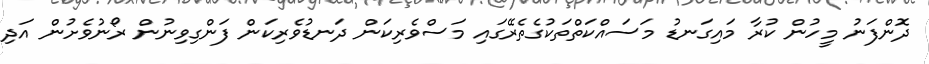
ދޮންފަނު މީހުން ކުރާ މައިގަނޑު މަސައްކަތްތަކުގެތެރޭގައި މަސްވެރިކަން ދަނޑުވެރިކަން ފަންގިވިނުން ރޯނުވެށުން އަދި